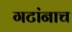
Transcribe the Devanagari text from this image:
गटांनाच